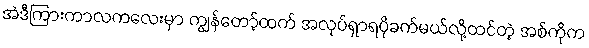
အဲဒီကြားကာလကလေးမှာ ကျွန်တော့်ထက် အလုပ်ရှာရပိုခက်မယ်လို့ထင်တဲ့ အစ်ကိုက